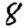
Digit: 8